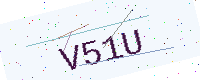
Text: V51U